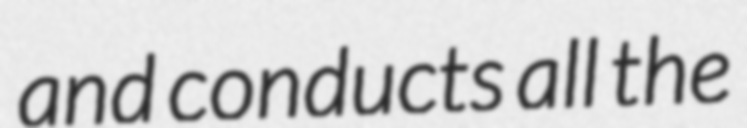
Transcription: and conducts all the